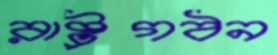
রাষ্ট্রগঠন